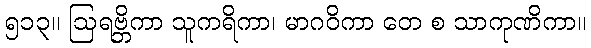
၅၁၃။ ဩရဗ္ဘိကာ သူကရိကာ၊ မာဂဝိကာ တေ စ သာကုဏိကာ။